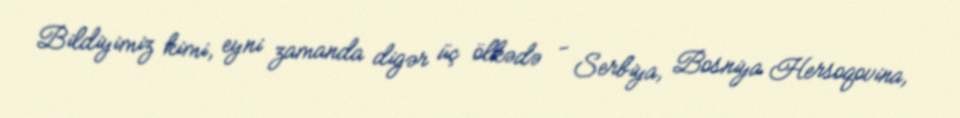
Bildiyimiz kimi, eyni zamanda digər üç ölkədə - Serbiya, Bosniya Hersoqovina,